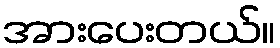
အားပေးတယ်။